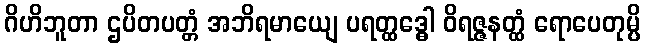
ဂိဟိဘူတာ ဌပိတပတ္တံ အဘိရမာယျေ ပရတ္ထဒ္ဓေါ ဝိရဇ္ဇနတ္ထံ ရောပေတုမ္ပိ